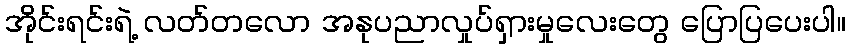
အိုင်းရင်းရဲ့ လတ်တလော အနုပညာလှုပ်ရှားမှုလေးတွေ ပြောပြပေးပါ။